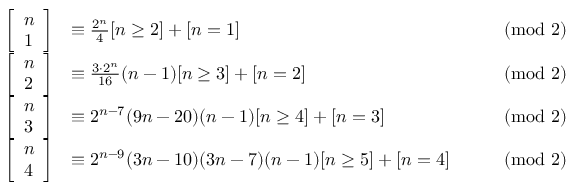
{ \begin{array} { r l r l } { \left[ { \begin{array} { l } { n } \\ { 1 } \end{array} } \right] } & { \equiv { \frac { 2 ^ { n } } { 4 } } [ n \geq 2 ] + [ n = 1 ] } & & { { \pmod { 2 } } } \\ { \left[ { \begin{array} { l } { n } \\ { 2 } \end{array} } \right] } & { \equiv { \frac { 3 \cdot 2 ^ { n } } { 1 6 } } ( n - 1 ) [ n \geq 3 ] + [ n = 2 ] } & & { { \pmod { 2 } } } \\ { \left[ { \begin{array} { l } { n } \\ { 3 } \end{array} } \right] } & { \equiv 2 ^ { n - 7 } ( 9 n - 2 0 ) ( n - 1 ) [ n \geq 4 ] + [ n = 3 ] } & & { { \pmod { 2 } } } \\ { \left[ { \begin{array} { l } { n } \\ { 4 } \end{array} } \right] } & { \equiv 2 ^ { n - 9 } ( 3 n - 1 0 ) ( 3 n - 7 ) ( n - 1 ) [ n \geq 5 ] + [ n = 4 ] } & & { { \pmod { 2 } } } \end{array} }